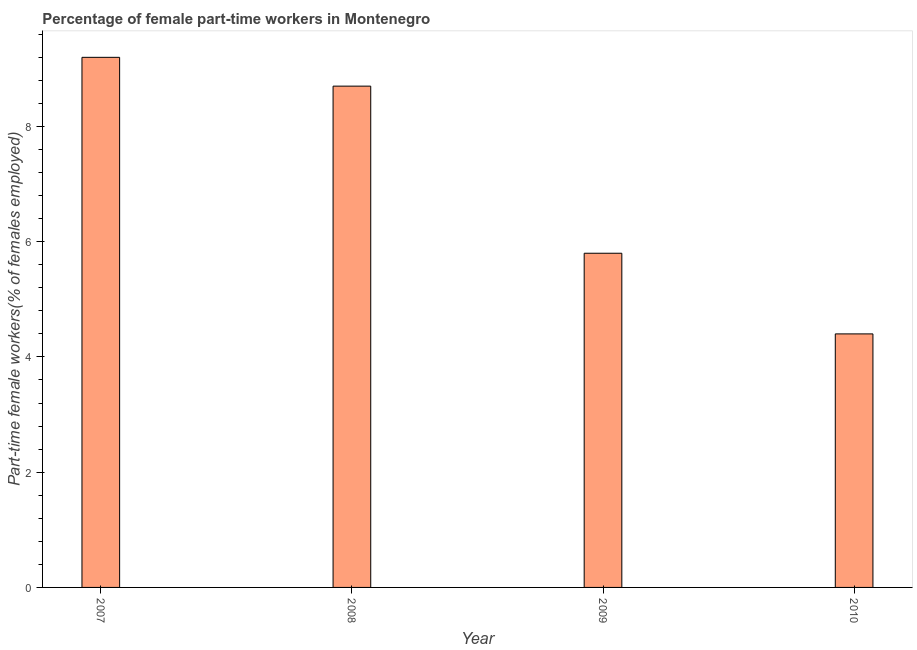
| Year | Part time employment |
 | --- | --- |
 | 2007 | 9.2 |
 | 2008 | 8.7 |
 | 2009 | 5.8 |
 | 2010 | 4.4 |